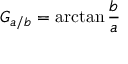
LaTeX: G _ { a / b } = \arctan { \frac { b } { a } }